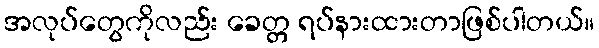
အလုပ်တွေကိုလည်း ခေတ္တ ရပ်နားထားတာဖြစ်ပါတယ်။